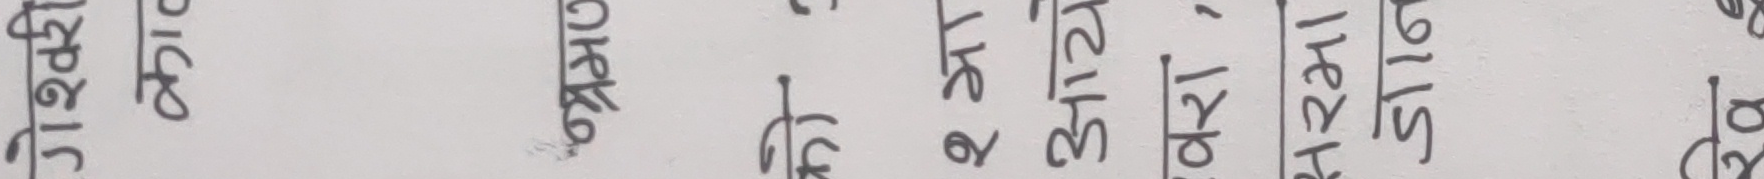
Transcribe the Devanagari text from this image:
उधारका